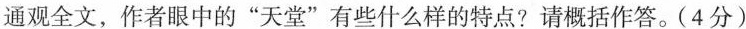
通观全文，作者眼中的”天堂”有些什么样的特点?请概括作答。(4分)